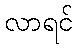
လာရင်